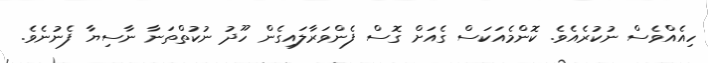
ހިއެއްވެސް ނުކުރެއެވެ. ކޮންމެއަކަސް ގެއަށް ގޮސް ފެންވަރާލައިގެން ހޫދު ނުކުތްތަނާ ނާސިޔާ ފެނުނެވެ.